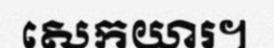
សេកយារ។